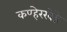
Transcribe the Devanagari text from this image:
कण्हेरखेडे